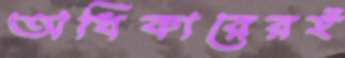
অধিকারেরই